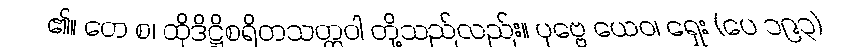
၏။ တေ စ၊ ထိုဒိဋ္ဌိစရိတသတ္တဝါ တို့သည်လည်း။ ပုဗ္ဗေ ယေဝ၊ ရှေး (ပေ ၁၉၃)